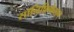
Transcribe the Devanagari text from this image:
सॉनिफ़िकेशन